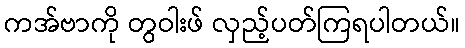
ကအ်ဗာကို တွဝါးဖ် လှည့်ပတ်ကြရပါတယ်။